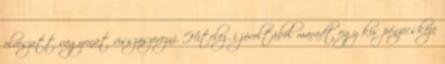
elveszett vagyonát visszaszerezni. Hitelezői jóvoltából maradt egy kis pénzecskéje